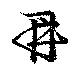
鼎